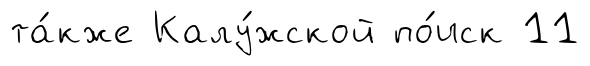
та́кже Калу́жской по́иск 11